Report of the Indian Hemp Drugs Commission, 1894-1895 - Volume V
Year: 1894
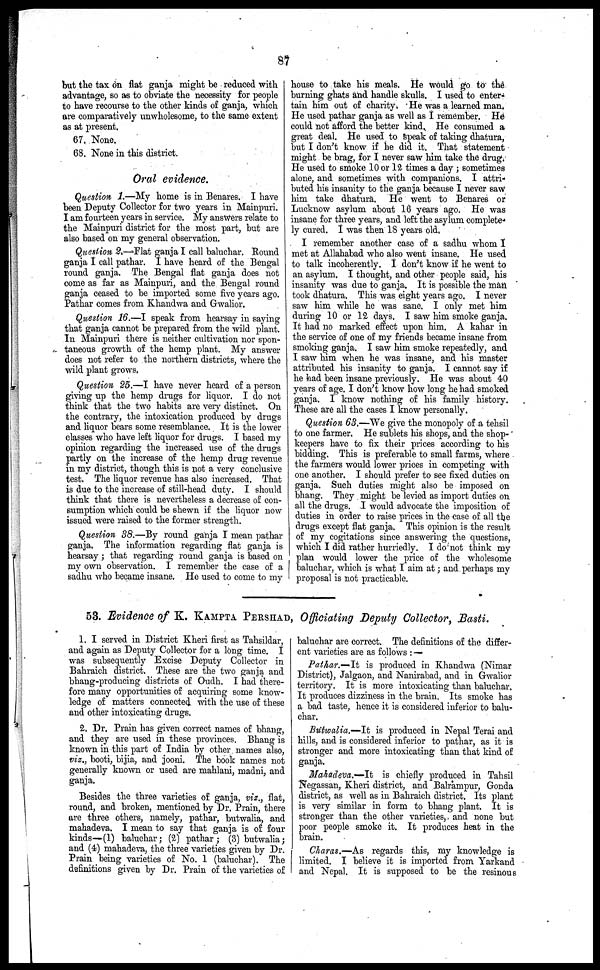
87
but the tax on flat ganja might be reduced with
advantage, so as to obviate the necessity for people
to have recourse to the other kinds of ganja, which
are comparatively unwholesome, to the same extent
as at present.
67. None.
68. None in this district.
Oral evidence.
Question 1.—My home is in Benares. I have
been Deputy Collector for two years in Mainpuri.
I am fourteen years in service. My answers relate to
the Mainpuri district for the most part, but are
also based on my general observation.
Question 2.—Flat ganja I call baluchar. Round
ganja I call pathar. I have heard of the Bengal
round ganja. The Bengal flat ganja does not
come as far as Mainpuri, and the Bengal round
ganja ceased to be imported some five years ago.
Pathar comes from Khandwa and Gwalior.
Question 16.—I speak from hearsay in saying
that ganja cannot be prepared from the wild plant.
In Mainpuri there is neither cultivation nor spon-
taneous growth of the hemp plant. My answer
does not refer to the northern districts, where the
wild plant grows.
Question 25.—I have never heard of a person
giving up the hemp drugs for liquor. I do not
think that the two habits are very distinct. On
the contrary, the intoxication produced by drugs
and liquor bears some resemblance. It is the lower
classes who have left liquor for drugs. I based my
opinion regarding the increased use of the drugs
partly on the increase of the hemp drug revenue
in my district, though this is not a very conclusive
test. The liquor revenue has also increased. That
is due to the increase of still-head duty. I should
think that there is nevertheless a decrease of con-
sumption which could be shewn if the liquor now
issued were raised to the former strength.
Question 38.—By round ganja I mean pathar
ganja. The information regarding flat ganja is
hearsay; that regarding round ganja is based on
my own observation. I remember the case of a
sadhu who became insane. He used to come to my
house to take his meals. He would go to the
burning ghats and handle skulls. I used to enter-
tain him out of charity. He was a learned man.
He used pathar ganja as well as I remember. He
could not afford the better kind. He consumed a
great deal. He used to speak of taking dhatura,
but I don't know if he did it. That statement
might be brag, for I never saw him take the drag.
He used to smoke 10 or 12 times a day ; sometimes
alone, and sometimes with companions. I attri-
buted his insanity to the ganja because I never saw
him take dhatura. He went to Benares or
Lucknow asylum about 16 years ago. He was
insane for three years, and left the asylum complete-
ly cured. I was then 18 years old.
I remember another case of a sadhu whom I
met at Allahabad who also went insane. He used
to talk incoherently. I don't know if he went to
an asylum. I thought, and other people said, his
insanity was due to ganja. It is possible the man
took dhatura. This was eight years ago. I never
saw him while he was sane. I only met him
during 10 or 12 days. I saw him smoke ganja.
It had no marked effect upon him. A kahar in
the service of one of my friends became insane from
smoking ganja. I saw him smoke repeatedly, and
I saw him when he was insane, and his master
attributed his insanity to ganja. I cannot say if
he had been insane previously. He was about 40
years of age. I don't know how long he had smoked
ganja. I know nothing of his family history.
These are all the cases I know personally.
Question 63.—We give the monopoly of a tehsil
to one farmer. He sublets his shops, and the shop-
keepers have to fix their prices according to his
bidding. This is preferable to small farms, where
the farmers would lower prices in competing with
one another. I should prefer to see fixed duties on
ganja. Such duties might also be imposed on
bhang. They might be levied as import duties on
all the drugs. I would advocate the imposition of
duties in order to raise prices in the case of all the
drugs except flat ganja. This opinion is the result
of my cogitations since answering the questions,
which I did rather hurriedly. I do not think my
plan would lower the price of the wholesome
baluchar, which is what I aim at; and perhaps my
proposal is not practicable.
53. Evidence of K. KAMPTA PERSHAD, Officiating Deputy Collector, Basti.
1. I served in District Kheri first as Tahsildar,
and again as Deputy Collector for a long time. I
was subsequently Excise Deputy Collector in
Bahraich district. These are the two ganja and
bhang-producing districts of Oudh. I had there-
fore many opportunities of acquiring some know-
ledge of matters connected with the use of these
and other intoxicating drugs.
2. Dr. Prain has given correct names of bhang,
and they are used in these provinces. Bhang is
known in this part of India by other names also,
viz., booti, bijia, and jooni. The book names not
generally known or used are mahlani, madni, and
ganja.
Besides the three varieties of ganja, viz., flat,
round, and broken, mentioned by Dr. Prain, there
are three others, namely, pathar, butwalia, and
mahadeva. I mean to say that ganja is of four
kinds—(1) baluchar; (2) pathar; (3) butwalia;
and (4) mahadeva, the three varieties given by Dr.
Prain being varieties of No. 1 (baluchar). The
definitions given by Dr. Prain of the varieties of
baluchar are correct. The definitions of the differ-
ent varieties are as follows : —
Pathar.—It is produced in Khandwa (Nimar
District), Jalgaon, and Nanirabad, and in Gwalior
territory. It is more intoxicating than baluchar.
It produces dizziness in the brain. Its smoke has
a bad taste, hence it is considered inferior to balu-
char.
Butwalia.—It is produced in Nepal Terai and
hills, and is considered inferior to pathar, as it is
stronger and more intoxicating than that kind of
ganja.
Mahadeva.—It
is chiefly produced in Tahsil
Negassan, Kheri district, and Balrampur, Gonda
district, as well as in Bahraich district. Its plant
is very similar in form to bhang plant. It is
stronger than the other varieties, and none but
poor people smoke it. It produces heat in the
brain.
Charas.—As regards this, my knowledge is
limited. I believe it is imported from Yarkand
and Nepal. It is supposed to be the resinous